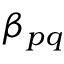
\beta _ { p q }